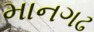
માનગઢ